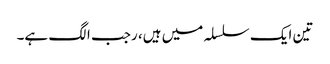
تین ایک سلسلہ میں ہیں، رجب الگ ہے۔